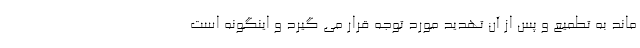
ماند به تطمیع و پس از آن تهدید مورد توجه قرار می گیرد و اینگونه است